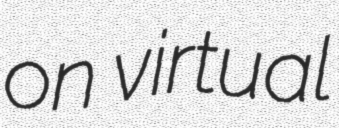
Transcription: on virtual